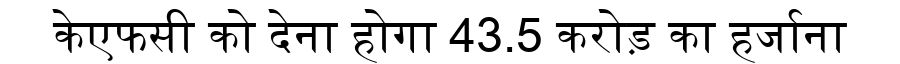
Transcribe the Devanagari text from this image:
केएफसी को देना होगा 43.5 करोड़ का हर्जाना